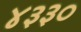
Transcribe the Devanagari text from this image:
४३३०